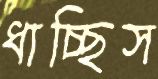
ধাচ্ছিস